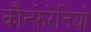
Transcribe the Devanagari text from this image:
कौन्फेरेतियो